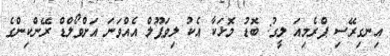
އިނގިރޭސި ޕްރެމިއަ ލީގު: ބޮޑު މޮޅަކާ އެކު ލިވަޕޫލް އެއްވަނަ އަށްވޯލްޑް ރޭންކިންގެ